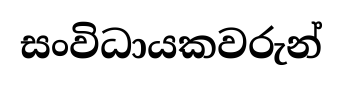
සංවිධායකවරුන්